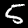
Digit: 5